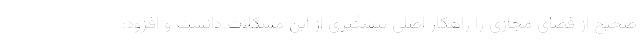
صحیح از فضای مجازی را راهکار اصلی پیشگیری از این مشکلات دانست و افزود: